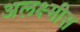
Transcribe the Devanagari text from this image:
अलक्ष्मीस